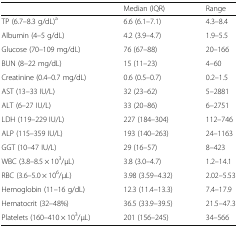
|  | Median (IQR) | Range |
 | --- | --- | --- |
 | TP (6.7–8.3 g/dL)a | 6.6 (6.1–7.1) | 4.3–8.4 |
 | Albumin (4–5 g/dL) | 4.2 (3.9–4.7) | 1.9–5.5 |
 | Glucose (70–109 mg/dL) | 76 (67–88) | 20–166 |
 | BUN (8–22 mg/dL) | 15 (11–23) | 4–60 |
 | Creatinine (0.4–0.7 mg/dL) | 0.6 (0.5–0.7) | 0.2–1.5 |
 | AST (13–33 IU/L) | 32 (23–62) | 5–2881 |
 | ALT (6–27 IU/L) | 33 (20–86) | 6–2751 |
 | LDH (119–229 IU/L) | 227 (184–304) | 112–746 |
 | ALP (115–359 IU/L) | 193 (140–263) | 24–1163 |
 | GGT (10–47 IU/L) | 29 (16–57) | 8–423 |
 | WBC (3.8–8.5 × 103/μL) | 3.8 (3.0–4.7) | 1.2–14.1 |
 | RBC (3.6–5.0 × 106/μL) | 3.98 (3.59–4.32) | 2.02–5.53 |
 | Hemoglobin (11–16 g/dL) | 12.3 (11.4–13.3) | 7.4–17.9 |
 | Hematocrit (32–48%) | 36.5 (33.9–39.5) | 21.5–47.3 |
 | Platelets (160–410 × 103/μL) | 201 (156–245) | 34–566 |